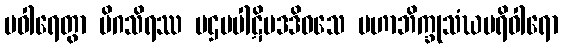
ပဝါရေတွာ မိဂသိရဿ ပဌမပါဋိပဒဒိဝသေ မဟာဘိက္ခုသံဃပရိဝါရော